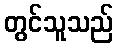
တွင်သူသည်